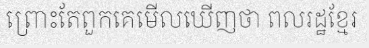
ព្រោះតែពួកគេមើលឃើញថា ពលរដ្ឋខ្មែរ